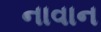
નાવાન